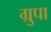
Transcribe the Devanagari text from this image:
ग्रुपा